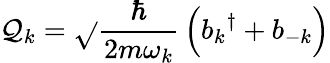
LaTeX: \mathcal{Q}_{k}={\sqrt{}{{\frac{{\hbar}}{{2m\omega_{k}}}}}}\left({b_{k}}^{\dagger}+b_{-k}\right)